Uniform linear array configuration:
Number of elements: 16
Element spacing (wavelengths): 0.25
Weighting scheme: binomial
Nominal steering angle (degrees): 60
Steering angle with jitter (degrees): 61.811
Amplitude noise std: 0.05
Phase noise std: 0.05

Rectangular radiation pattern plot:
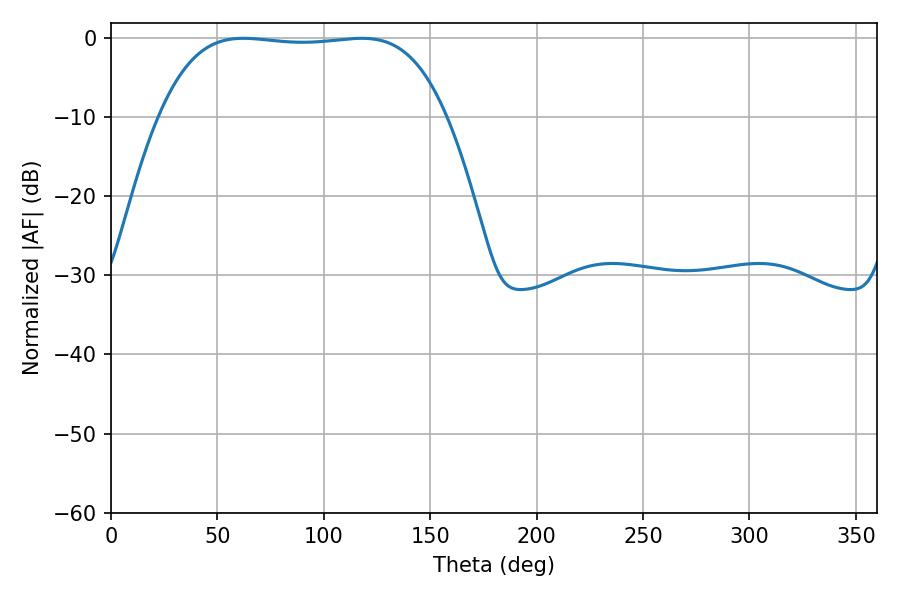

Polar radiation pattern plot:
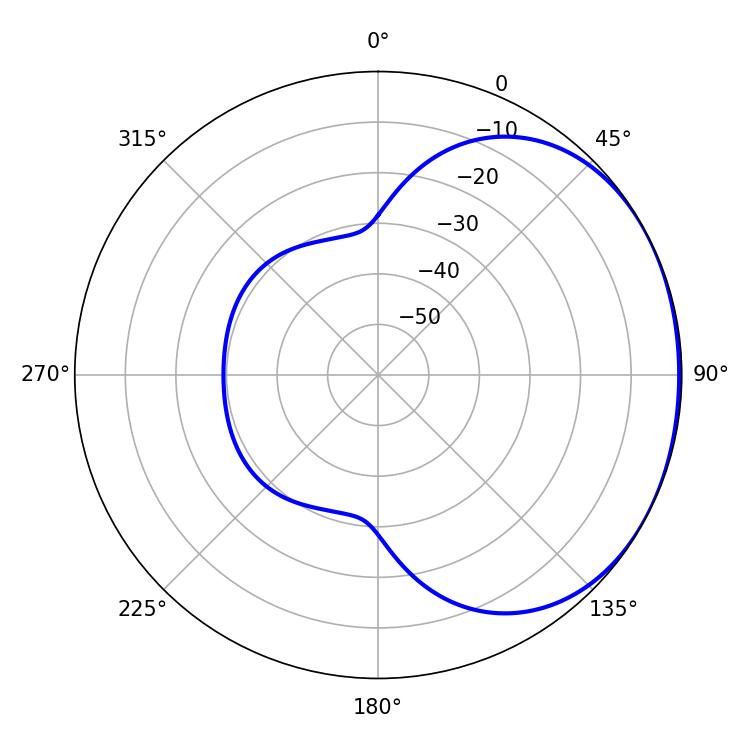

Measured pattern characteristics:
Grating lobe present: FALSE
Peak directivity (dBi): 1.203
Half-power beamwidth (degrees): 105.48
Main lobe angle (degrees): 62.28